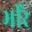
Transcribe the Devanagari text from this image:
भीरे